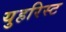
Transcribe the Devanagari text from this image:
युहरिस्ट